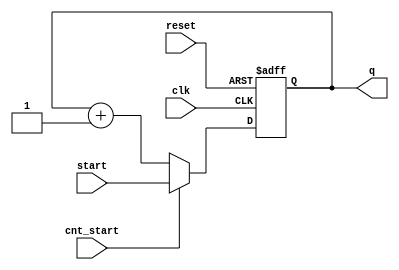
module b_counter
#(parameter N = 4) 
(
input wire clk,reset,cnt_start,
input wire[N-1:0]start,
output reg[N-1:0] q

);
reg[N-1:0] r_next,r_reg;
always @(posedge clk,posedge reset)//memory
begin
    if(reset==1'b0)
    r_reg<=r_next;
    else
    r_reg<=0;
end
always@*//next state logic
begin
    if(cnt_start==1'b0)
    r_next=r_reg+1;
    else
    r_next=start;
end
always@*
begin//out logic
    q<=r_reg;
end
endmodule